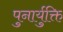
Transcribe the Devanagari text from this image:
पुनार्युक्ति